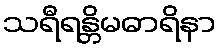
သရီရန္တိမဓာရိနာ